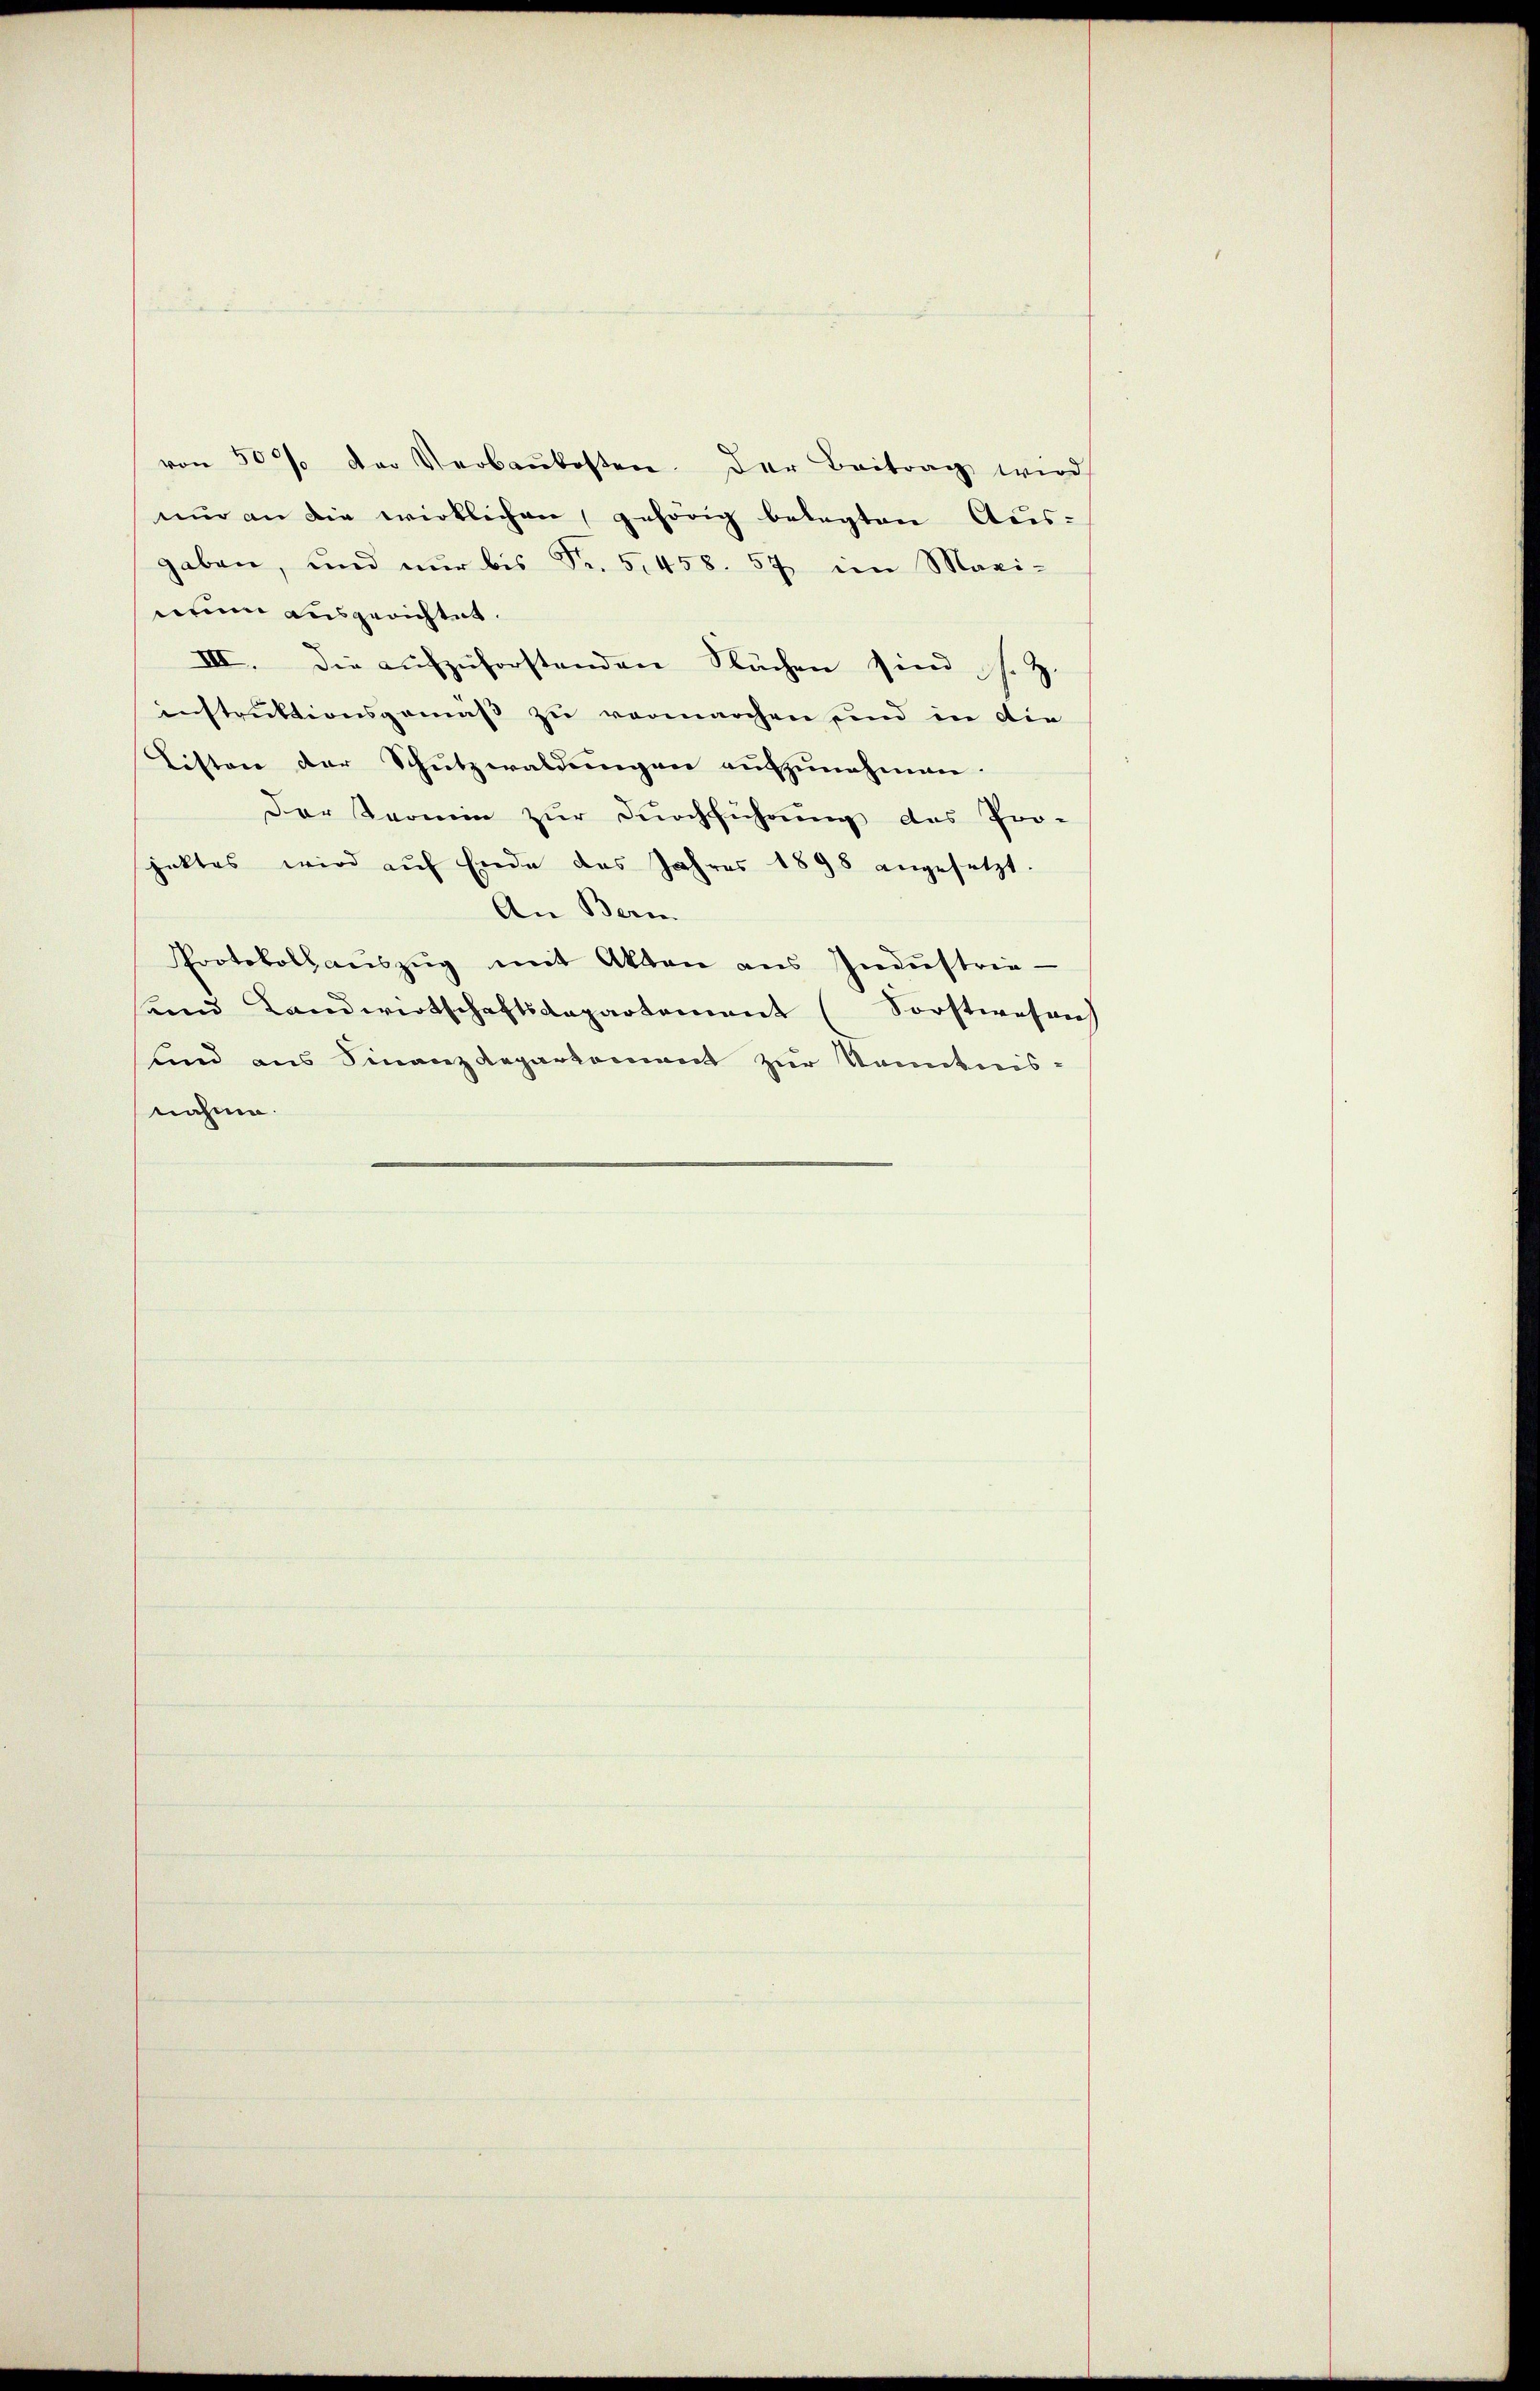
von 50 % der Verbaukosten. Der Beitrag wird
nur an die wirklichen gehörig belegten Aus-
gaben, und nur bis Fr. 5458. 57 ein Maxi-
nium ausgerichtet.
III. Die aufzuforstenden Flächen sind s. Z.
instruktionsgemäß zu vermarchen und in die
Listen der Schutzwaldungen aufzunehmen.
Der Termin zur Durchführung des Pro-
jektes wird auf Ende das Jahres 1898 angesetzt.
An Beri
Protokollaŭszŭg mit Akten ans Indŭstrie-
sund Landwirtschaftsdepartement (Sorstwesen
und aus Finanzdepartement zur Nominis-
nahme.